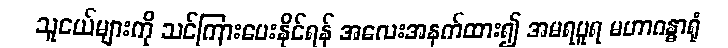
သူငယ်များကို သင်ကြားပေးနိုင်ရန် အလေးအနက်ထား၍ အမရပူရ မဟာဂန္ဓာရုံ